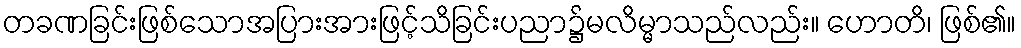
တခဏခြင်းဖြစ်သောအပြားအားဖြင့်သိခြင်းပညာ၌မလိမ္မာသည်လည်း။ ဟောတိ၊ ဖြစ်၏။